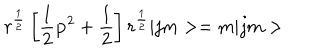
LaTeX: r ^ { \frac 1 2 } \left[ \frac 1 2 { \bf p } ^ { 2 } + \frac 1 2 \right] r ^ { \frac 1 2 } | j m > = m | j m >